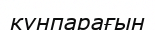
күнпарағын